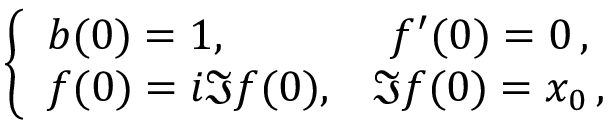
\begin{array} { r } { \left\{ \begin{array} { l c } { b ( 0 ) = 1 , } & { f ^ { \prime } ( 0 ) = 0 \, , } \\ { f ( 0 ) = i \Im f ( 0 ) , } & { \Im f ( 0 ) = x _ { 0 } \, , } \end{array} \right. } \end{array}